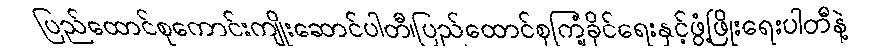
ပြည်ထောင်စုကောင်းကျိုးဆောင်ပါတီ၊ပြည်ထောင်စုကြံ့ခိုင်ရေးနှင့်ဖွံ့ဖြိုးရေးပါတီနဲ့